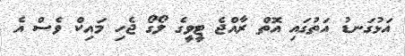
އަޅުގަނޑު އަތުގައި އޮތް ރާއްޖެ ޓީވީގެ ލޯގޯ ޖެހި މައިކް ވެސް އެ